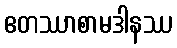
ဧတဿာစာမဒါနဿ